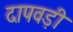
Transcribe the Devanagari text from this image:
दापवड़ी